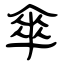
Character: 傘